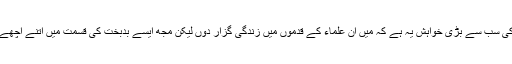
میری زندگی کی سب سے بڑی خواہش یہ ہے کہ میں ان علماء کے قدموں میں زندگی گزار دوں لیکن مجھ ایسے بدبخت کی قسمت میں اتنے اچھے نصیب کہاں ۔